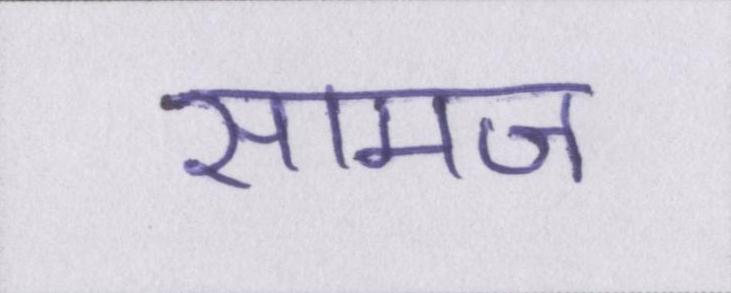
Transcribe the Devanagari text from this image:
सामज